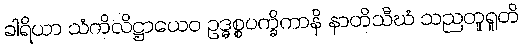
ခါရိယာ သံကိလိဋ္ဌာယေဝ ဥဒ္ဓစ္စပက္ခိကာနိ နာတိသီဃံ သညတူရူတိ